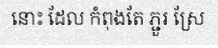
នោះ ដែល កំពុងតែ ភ្ជួរ ស្រែ